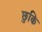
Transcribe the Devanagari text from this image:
छुकि